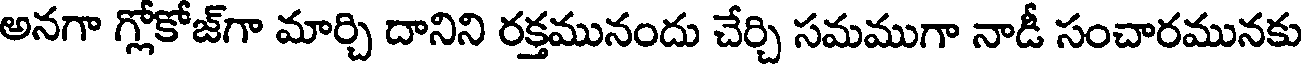
అనగా గ్లోకోజ్గా మార్చి దానిని రక్తమునందు చేర్చి సమముగా నాడీ సంచారమునకు